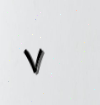
٧